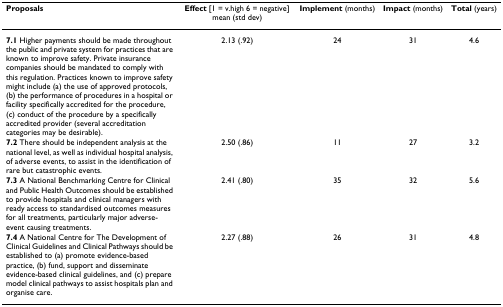
| Proposals | Effect [1 = v.high 6 = negative] mean (std dev) | Implement (months) | Impact (months) | Total (years) |
 | --- | --- | --- | --- | --- |
 | 7.1 Higher payments should be made throughout the public and private system for practices that are known to improve safety. Private insurance companies should be mandated to comply with this regulation. Practices known to improve safety might include (a) the use of approved protocols, (b) the performance of procedures in a hospital or facility specifically accredited for the procedure, (c) conduct of the procedure by a specifically accredited provider (several accreditation categories may be desirable). | 2.13 (.92) | 24 | 31 | 4.6 |
 | 7.2 There should be independent analysis at the national level, as well as individual hospital analysis, of adverse events, to assist in the identification of rare but catastrophic events. | 2.50 (.86) | 11 | 27 | 3.2 |
 | 7.3 A National Benchmarking Centre for Clinical and Public Health Outcomes should be established to provide hospitals and clinical managers with ready access to standardised outcomes measures for all treatments, particularly major adverse-event causing treatments. | 2.41 (.80) | 35 | 32 | 5.6 |
 | 7.4 A National Centre for The Development of Clinical Guidelines and Clinical Pathways should be established to (a) promote evidence-based practice, (b) fund, support and disseminate evidence-based clinical guidelines, and (c) prepare model clinical pathways to assist hospitals plan and organise care. | 2.27 (.88) | 26 | 31 | 4.8 |